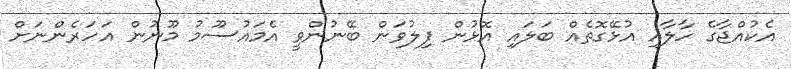
އެކުއްޖާގެ ހާލާއި އުޅޭގޮތެއް ބަލައި އޮޅުން ފިލުވަން ބޭނުންވީ އެމައުސޫމު މޫނުން އަހަރެންނަށް